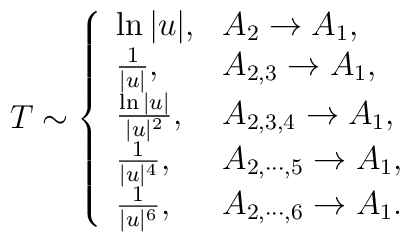
T \sim  \left\{ \begin{array}{ll} \ln |u| ,  & A_2 \to A_1 , \\ {1\over |u|},  & A_{2,3} \to A_1,\\ {\ln |u| \over |u|^2 }, & A_{2,3,4} \to A_1,\\ {1 \over |u|^4 }, & A_{2,\cdots,5} \to A_1,\\ {1 \over |u|^6 }, & A_{2,\cdots,6} \to A_1. \end{array}\right.